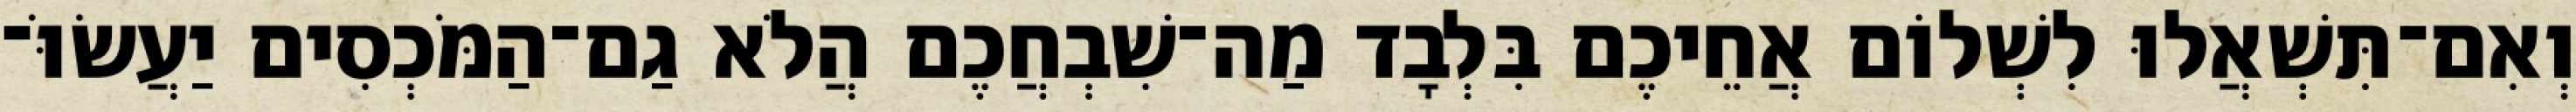
וְאִם־תִּשְׁאֲלוּ לִשְׁלוֹם אֲחֵיכֶם בִּלְבָד מַה־שִׁבְחֲכֶם הֲלֹא גַם־הַמֹּכְסִים יַעֲשׂוֹּ־